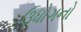
ઉધોગનો